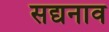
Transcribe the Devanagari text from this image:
सद्यनाव